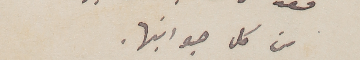
من كل جوانبها.